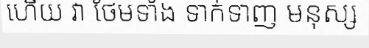
ហើយ វា ថែមទាំង ទាក់ទាញ មនុស្ស